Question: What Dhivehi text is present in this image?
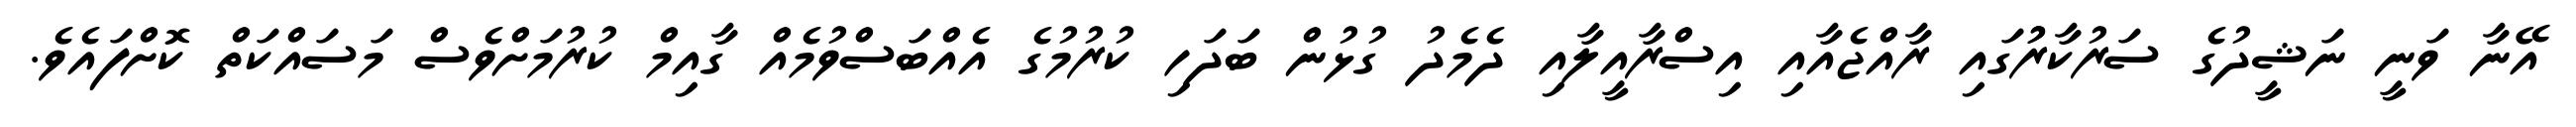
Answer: އޭނާ ވަނީ ނަޝީދުގެ ސަރުކާރުުގައި ރާއްޖެއާއި އިސްރާއީލާއި ދެމެދު ގުޅުން ބަދަހި ކުރުމުގެ އެއްބަސްވުމެއް ގާއިމް ކުރުމަށްވެސް މަސައްކަތް ކޮށްފައެވެ.